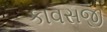
કાવસજી